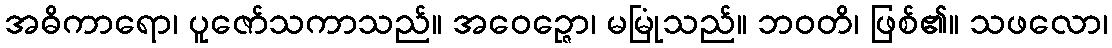
အဓိကာရော၊ ပူဇော်သကာသည်။ အဝေဉ္ဇော၊ မမြုံသည်။ ဘဝတိ၊ ဖြစ်၏။ သဖလော၊